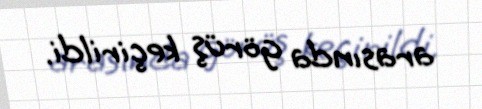
arasında görüş keçirildi.